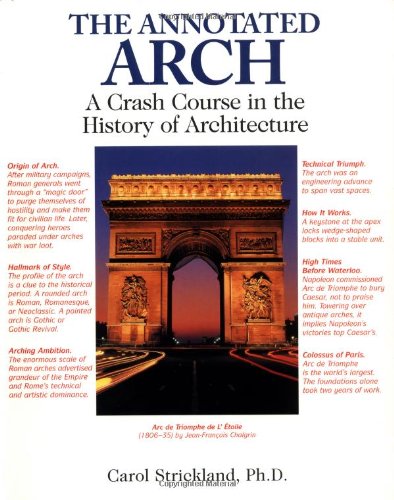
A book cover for The Annotated Arch: A Crash Course in the History Of Architecture; Carol Strickland; Arts & Photography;